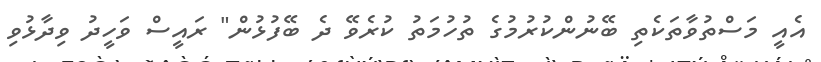
އެއީ މަސްތުވާތަކެތި ބޭނުންކުރުމުގެ ތުހުމަތު ކުރެވޭ ދެ ބޭފުޅުން" ރައީސް ވަހީދު ވިދާޅުވި